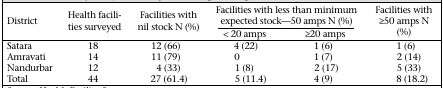
<table><thead><tr><td rowspan="2"><b>District</b></td><td rowspan="2"><b>Health facilities surveyed</b></td><td rowspan="2"><b>Facilities with nil stock N (%)</b></td><td colspan="2"><b>Facilities with less than minimum expected stock—50 amps N (%)</b></td><td rowspan="2"><b>Facilities with ≥50 amps N (%)</b></td></tr><tr><td><b>&lt; 20 amps</b></td><td><b>≥20 amps</b></td></tr></thead><tbody><tr><td>Satara</td><td>18</td><td>12 (66)</td><td>4 (22)</td><td>1 (6)</td><td>1 (6)</td></tr><tr><td>Amravati</td><td>14</td><td>11 (79)</td><td>0</td><td>1 (7)</td><td>2 (14)</td></tr><tr><td>Nandurbar</td><td>12</td><td>4 (33)</td><td>1 (8)</td><td>2 (17)</td><td>5 (33)</td></tr><tr><td>Total</td><td>44</td><td>27 (61.4)</td><td>5 (11.4)</td><td>4 (9)</td><td>8 (18.2)</td></tr></tbody></table>